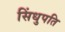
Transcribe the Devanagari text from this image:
सिंधुपति